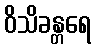
ဝိသိခန္တရေ